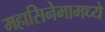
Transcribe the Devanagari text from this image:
महासिनेमामध्ये